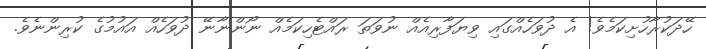
ހޭދަކުރާހުށިކަމެވެ! އެ ދުވަހެއްގައި ވިޔަފާރިއެއް ނުވަތަ ރައްޓެހިކަމެއް ނޯންނާނޭ ދުވަހެއް އައުމުގެ ކުރިންނެވެ.